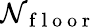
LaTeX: \mathcal{N}_{\mathrm{~f~l~o~o~r~}}